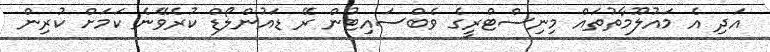
އަދި އެ މައުލޫމާތުތައް މިނިސްޓްރީގެ ވެބްސައިޓުން ރޭ ޑައުންލޯޑް ކުރެވޭނެ ކަމަށް ކުރިން